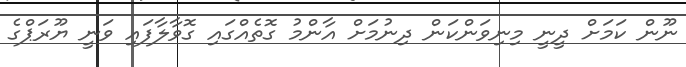
ނޫން ކަމަށް ދީނީ މިނިވަންކަން ދިނުމަށް އާންމު ގޮތެއްގައި ގޮވާލާފައި ވަނީ ޔޫރަޕްގެ